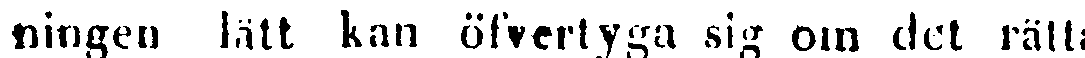
ningen lätt kan öfvertyga sig om det rätta